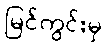
မြင်ကွင်းမှ